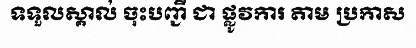
ទទួលស្គាល់ ចុះបញ្ជី ជា ផ្លូវការ តាម ប្រកាស